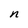
Character: n